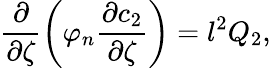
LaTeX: \frac{\partial}{\partial\zeta}\left(\varphi_{n}\frac{\partial c_{2}}{\partial\zeta}\right)=l^{2}Q_{2},